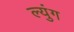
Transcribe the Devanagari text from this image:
ल्युंग